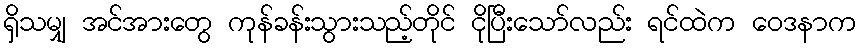
ရှိသမျှ အင်အားတွေ ကုန်ခန်းသွားသည့်တိုင် ငိုပြီးသော်လည်း ရင်ထဲက ဝေဒနာက